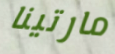
مارتينا